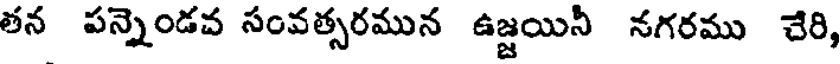
తన పన్నెండవ సంవత్సరమున ఉజ్జయినీ నగరము చేరి,